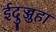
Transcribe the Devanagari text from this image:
ईदुज्जुहा